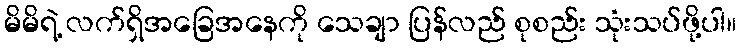
မိမိရဲ့ လက်ရှိအခြေအနေကို သေချာ ပြန်လည် စုစည်း သုံးသပ်ဖို့ပါ။